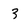
Character: 3